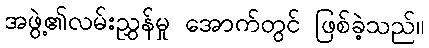
အဖွဲ့၏လမ်းညွှန်မှု အောက်တွင် ဖြစ်ခဲ့သည်။